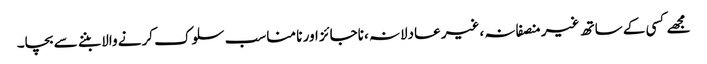
مجھے کسی کے ساتھ غیر منصفانہ ،غیر عادلانہ ،ناجائز اور نا مناسب سلوک کرنے والا بننے سے بچا۔